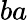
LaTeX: ba